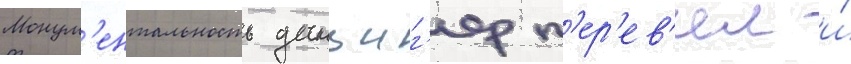
Монум'ентальность данциг'ер п'ер'ев'ел и́